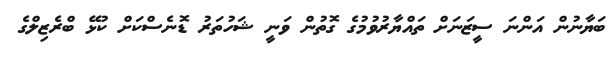
ބަޔާނުން އަންނަ ސީޒަނަށް ތައްޔާރުވުމުގެ ގޮތުން ވަނީ ޝަހުތަރު ޑޮނެސްކަށް ކުޅޭ ބްރެޒިލްގެ